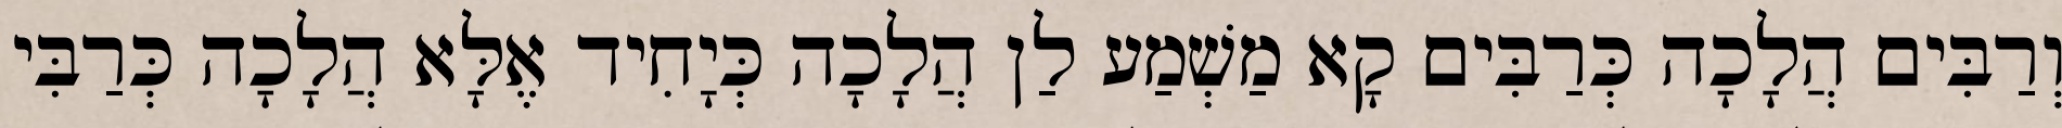
וְרַבִּים הֲלָכָה כְּרַבִּים קָא מַשְׁמַע לַן הֲלָכָה כְּיָחִיד אֶלָּא הֲלָכָה כְּרַבִּי